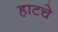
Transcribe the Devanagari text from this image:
हाटचे